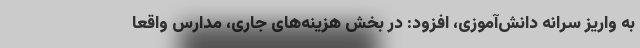
به واریز سرانه دانش‌آموزی، افزود: در بخش هزینه‌های جاری، مدارس واقعاً